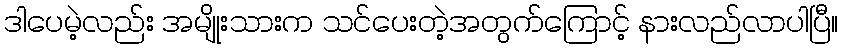
ဒါပေမဲ့လည်း အမျိုးသားက သင်ပေးတဲ့အတွက်ကြောင့် နားလည်လာပါပြီ။